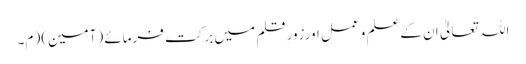
اللہ تعالیٰ ان کےعلم وعمل اورزورِ قلم میں برکت فرمائے (آمین)( م۔